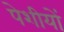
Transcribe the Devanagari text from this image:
पेशीयों